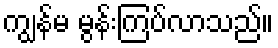
ကျွန်မ မွန်းကြပ်လာသည်။